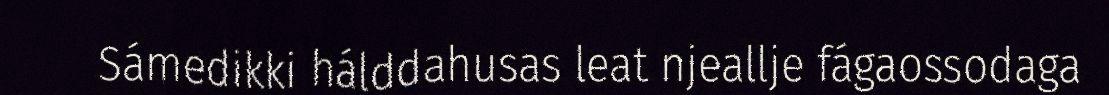
Sámedikki hálddahusas leat njeallje fágaossodaga